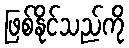
ဖြစ်နိုင်သည်ကို